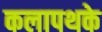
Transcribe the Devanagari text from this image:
कलापथके